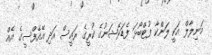
މަނިލާލް އަކީ ލަންކާ ފުޓްބޯޅަ ފެޑަރޭޝަނުގެ ކުރީގެ ރައީސް އަދި އޭއެފްސީގެ އެއް